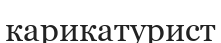
карикатурист